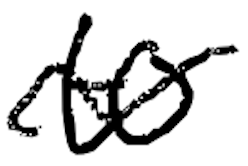
Text: to
Cross-out: wave
Writing tool: digital_black